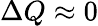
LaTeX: \Delta Q\approx 0